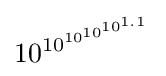
{10}^{{10}^{{10}^{{10}^{{10}^{1.1}}}}}